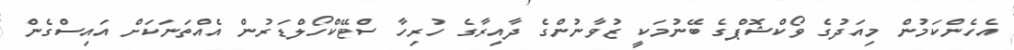
އެހެންކަމުން މިއަދުގެ ވޯކްޝޮޕްގެ ބޭނުމަކީ ޒުވާނުންގެ ދާއިރާގެ ހުރިހާ ސްޓޭކްހޯލްޑަރުން އެއްތަނަކަށް އައިސްގެން